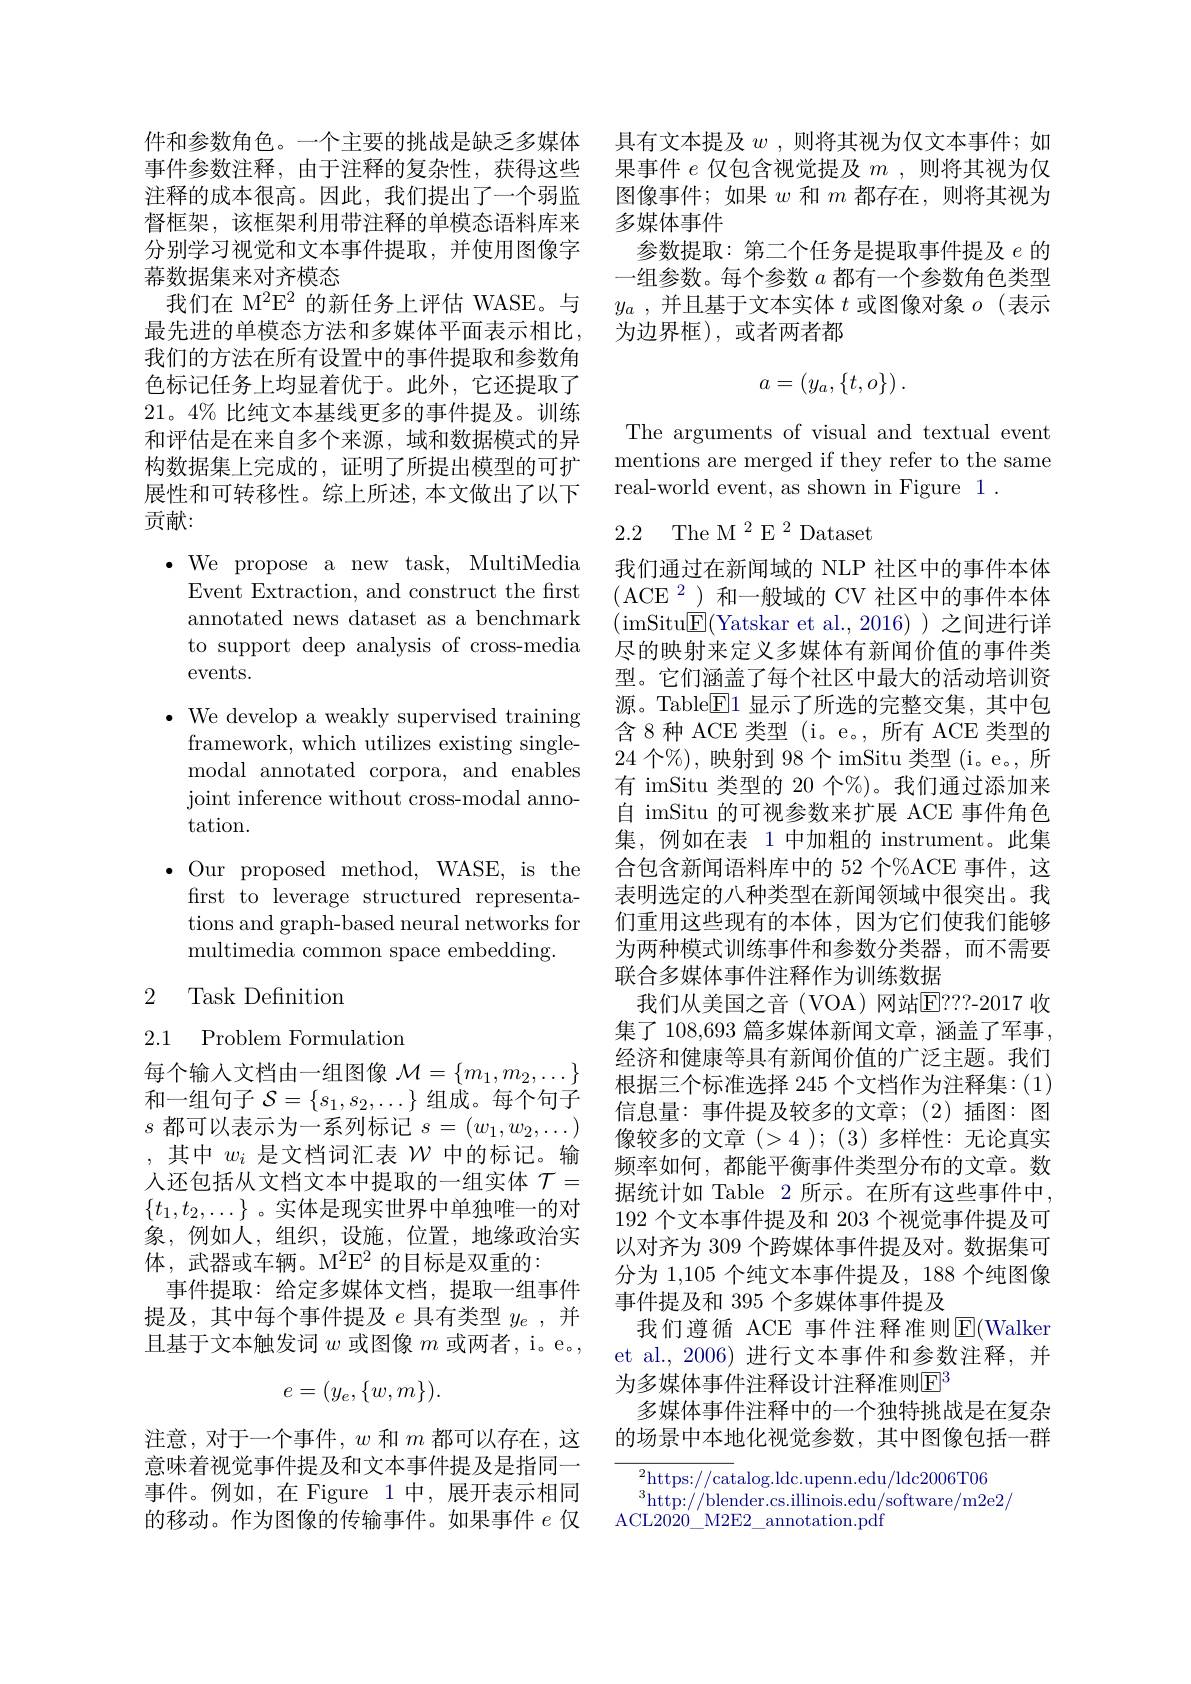
幕数据集来对齐模态
我们在 M$^{2}\mathrm{E}^{2}$的新任务上评估 WASE。与最先进的单模态方法和多媒体平面表示相比， 我们的方法在所有设置中的事件提取和参数角色标记任务上均显着优于。此外，它还提取了21。4% 比纯文本基线更多的事件提及。训练和评估是在来自多个来源，域和数据模式的异构数据集上完成的，证明了所提出模型的可扩展性和可转移性。综上所述，本文做出了以下贡献：

$\bullet$We propose a new task, MultiMedia
Event Extraction, and construct the first annotated news dataset as a benchmark to support deep analysis of cross-media events.
$\bullet$ We develop a weakly supervised training
framework, which utilizes existing singlemodal annotated corpora, and enables joint inference without cross-modal annotation.
$\bullet$ Our proposed method, WASE, is the
first to leverage structured representations and graph-based neural networks for multimedia common space embedding.

# 2 Task Definition

2.1 Problem Formulation

每个输入文档由一组图像$\mathcal{M}=\{m_1,m_2,\ldots\}$ 和一组句子$\mathcal{S}=\{s_1,s_2,\ldots\}$组成。每个句子$s$都可以表示为一系列标记$s=(w_1,w_2,\ldots)$ ,其中$w_i$是文档词汇表$\mathcal{W}$中的标记。输体，武器或车辆。M$^2\mathrm{E}^2$的目标是双重的：
事件提取：给定多媒体文档，提取一组事件提及，其中每个事件提及$e$具有类型$y_e$,并且基于文本触发词$w$或图像$m$或两者，i。e。,
$$e=(y_e,\{w,m\}).$$
意味着视觉事件提及和文本事件提及是指同一事件。例如，在 Figure 1中，展开表示相同的移动。作为图像的传输事件。如果事件$e$仅

件和参数角色。一个主要的挑战是缺乏多媒体 具有文本提及$w$ ,则将其视为仅文本事件；如事件参数注释，由于注释的复杂性，获得这些 果事件$e$仅包含视觉提及$m$ , 则将其视为仅注释的成本很高。因此，我们提出了一个弱监 图像事件；如果$w$和$m$都存在，则将其视为督框架，该框架利用带注释的单模态语料库来 多媒体事件
分别学习视觉和文本事件提取，并使用图像字 参数提取：第二个任务是提取事件提及$e$的
一组参数。每个参数$a$都有一个参数角色类型$y_a$ ,并且基于文本实体$t$或图像对象$o$ (表示为边界框),或者两者都
$$a=\begin{pmatrix}y_a,\{t,o\}\end{pmatrix}.$$
The arguments of visual and textual event mentions are merged if they refer to the same real-world event, as shown in Figure 1 .

## 2.2 The M$^2\text{E}^2$Dataset

我们通过在新闻域的 NLP 社区中的事件本体$(\mathrm{ACE}^{2})$和一般域的 CV 社区中的事件本体(imSitu$\boxed{\mathrm{F}}($Yatskar et al.,2016))之间进行详尽的映射来定义多媒体有新闻价值的事件类型。它们涵盖了每个社区中最大的活动培训资源。Table$\boxed{\mathrm{F}}1$显示了所选的完整交集，其中包含 8 种 ACE 类型 (i。e。, 所有 ACE 类型的24个%), 映射到 98 个 imSitu 类型 (i。e。, 所有 imSitu 类型的 20 个%)。我们通过添加来自 imSitu 的可视参数来扩展 ACE 事件角色集，例如在表 1 中加粗的 instrument。此集合包含新闻语料库中的 52 个%ACE 事件，这表明选定的八种类型在新闻领域中很突出。我们重用这些现有的本体，因为它们使我们能够为两种模式训练事件和参数分类器，而不需要联合多媒体事件注释作为训练数据
我们从美国之音(VOA)网站E？? ? - 2017 收集了 108,693 篇多媒体新闻文章 , 涵盖了军事， 经济和健康等具有新闻价值的广泛主题。我们根据三个标准选择 245 个文档作为注释集：(1) 信息量：事件提及较多的文章；(2)插图：图像较多的文章(>4);(3)多样性：无论真实
$\text{, 共 }^{+ }u_i$ 足 义 目 内 礼 长 $v$ 干 的 你 比 。牠 频 率 如 何 , 都 能 平 衡 事 件 类 型 分 布 的 文 章 。数 人 还 包 括 从 文 档 文 本 中 提 取 的 一 组 实 体 $\mathcal{T} =$据 统 计 如 Table 2 所 示 。在 所 有 这 些 事 件 中 , $\left ( t- t\right )$ 定 体 目 可 应 世 用 中 单 独 唯 , 故 对 据 统 计 如 Table 2 所 示 。在 所 有 这 些 事 件 中 , $\{t_1,t_2,\ldots\}$。实体是现实世界中单独唯一的对 192 个文本事件提及和 203 个视觉事件提及可象，例如人，组织，设施，位置，地缘政治实 以对齐为 309 个跨媒体事件提及对。数据集可
分为 1,105 个纯文本事件提及，188 个纯图像
事件提及和 395 个多媒体事件提及
我们遵循 ACE 事件注释准则E|(Walker et al., 2006) 进行文本事件和参数注释，并为多媒体事件注释设计注释准则$\mathbb{E}^{3}$
多媒体事件注释中的一个独特挑战是在复杂
注意，对于一个事件，$w$ 和 $m$ 都可以存在，这 的场景中本地化视觉参数，其中图像包括一群

${}_{n}^{2}$https://catalog.ldc.upenn.edu/ldc2006T06
$^{3}$http://blender.cs.illinois.edu/software/m2e2/
ACL2020\_M2E2\_annotation.pdf